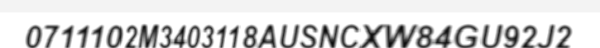
0711102M3403118AUSNCXW84GU92J2